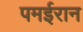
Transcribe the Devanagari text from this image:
पमईरान